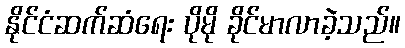
နိုင်ငံဆက်ဆံရေး ပိုမို ခိုင်မာလာခဲ့သည်။